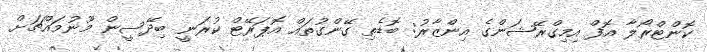
ކޮންޓްރޯލާ އޮފް އިމިގްރޭޝަންގެ އިންޒާރު: ބޮޑެތި ގޭންގުތައް އޮޕަރޭޓް ކުރަނީ ބިދޭސީން މޫނުމައްޗަށް